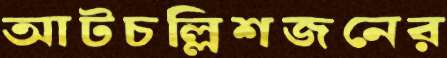
আটচল্লিশজনের